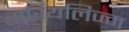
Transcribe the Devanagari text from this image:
सर्रियलिज्म